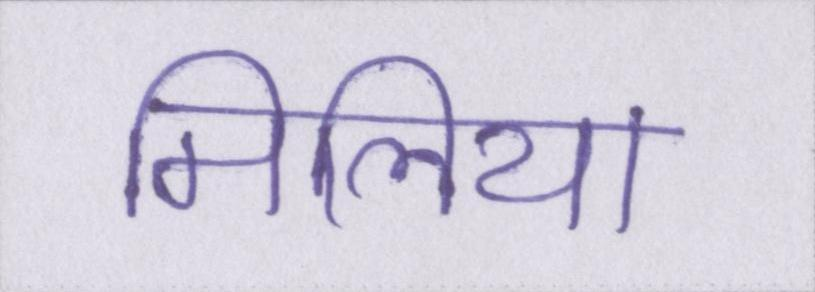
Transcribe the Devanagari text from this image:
मिलिया